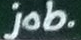
job.